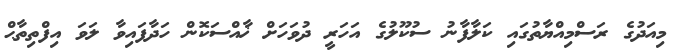
މިއަދުގެ ރަސްމިއްޔާތުގައި ކަލާފާނު ސުކޫލުގެ އަހަރީ ދުވަހަށް ޚާއްސަކޮން ހަދާފައިވާ ލަވަ އިފްތިތާޙް